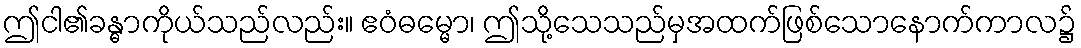
ဤငါ၏ခန္ဓာကိုယ်သည်လည်း။ ဧဝံဓမ္မော၊ ဤသို့သေသည်မှအထက်ဖြစ်သောနောက်ကာလ၌